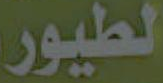
الطيور